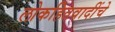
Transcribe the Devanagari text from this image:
लोकहितवादींचे